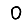
Digit: 0